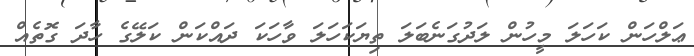
ޢަލްހަން ކަހަލަ މީހުން ލަދުގަނެބަލަ ތިޔަކަހަލަ ވާހަކަ ދައްކަން ކަލޭގެ ހާދަ ގޮތެއް